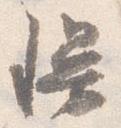
幔